Veterinary regulations India, 1935 -
Year: 1935
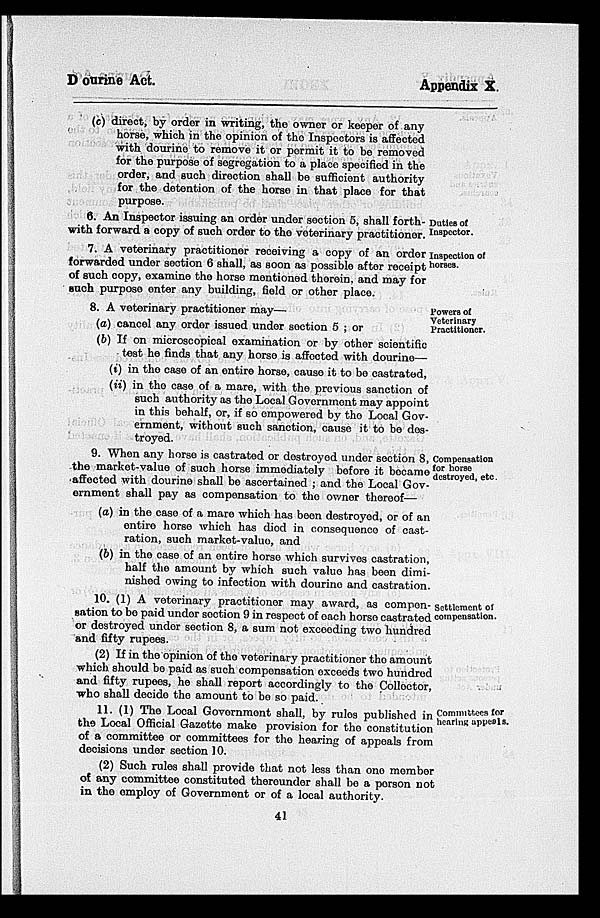
Dourine Act.
Appendix X.
(c) direct, by order in writing, the owner or keeper of any
horse, which in the opinion of the Inspectors is affected
with dourine to remove it or permit it to be removed
for the purpose of segregation to a place specified in the
order, and such direction shall be sufficient authority
for the detention of the horse in that place for that
purpose.
Duties of
Inspector.
6. An Inspector issuing an order under section 5, shall forth-
with forward a copy of such order to the veterinary practitioner.
Inspection of
horses.
7. A veterinary practitioner receiving a copy of an order
forwarded under section 6 shall, as soon as possible after receipt
of such copy, examine the horse mentioned therein, and may for
such purpose enter any building, field or other place.
Powers of
Veterinary
Practitioner.
8. A veterinary practitioner may—
(a) cancel any order issued under section 5 ; or
(b) If on microscopical examination or by other scientific
test he finds that any horse is affected with dourine—
(i) in the case of an entire horse, cause it to be castrated,
(ii) in the case of a mare, with the previous sanction of
such authority as the Local Government may appoint
in this behalf, or, if so empowered by the Local Gov-
ernment, without such sanction, cause it to be des-
troyed.
Compensation
for horse
destroyed, etc.
9. When any horse is castrated or destroyed under section 8,
the market-value of such horse immediately before it became
affected with dourine shall be ascertained ; and the Local Gov-
ernment shall pay as compensation to the owner thereof—
(a) in the case of a mare which has been destroyed, or of an
entire horse which has died in consequence of cast-
ration, such market-value, and
(b) in the case of an entire horse which survives castration,
half the amount by which such value has been dimi-
nished owing to infection with dourine and castration.
Settlement of
compensation.
10. (1) A veterinary practitioner may award, as compen-
sation to be paid under section 9 in respect of each horse castrated
or destroyed under section 8, a sum not exceeding two hundred
and fifty rupees.
(2) If in the opinion of the veterinary practitioner the amount
which should be paid as such compensation exceeds two hundred
and fifty rupees, he shall report accordingly to the Colloetor,
who shall decide the amount to be so paid.
Committees for
hearing appeals.
11. (1) The Local Government shall, by rules published in
the Local Official Gazette make provision for the constitution
of a committee or committees for the hearing of appeals from
decisions under section 10.
(2) Such rules shall provide that not less than one member
of any committee constituted thereunder shall be a person not
in the employ of Government or of a local authority.
41